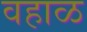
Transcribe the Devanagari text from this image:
वहाळ